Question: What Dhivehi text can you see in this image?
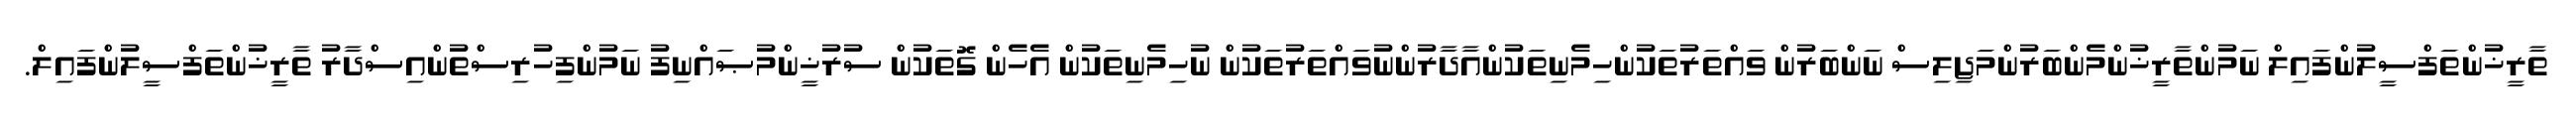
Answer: ތާރީޚުންތަފްސީލުންފައިލް ނަމުންތާރީޚުންމެންބަރުންމަޖިލިސް ނަންބަރުން ވައްތަރުތަކުންހިމެނިތަކުންއާދާރުންނުވައްތަރުތަކުން ނުހިމެނިތަކުން އެހެން ގޮތަކުން ސުރުޚީންމުޞައްނިފު ނަމުންފިހުރިސްތުންއިސްދާރު ތާރީޚުންތަފްސީލުންފައިލް.